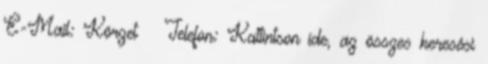
E-Mail: Körzet Telefon: Kattintson ide, az összes keresési